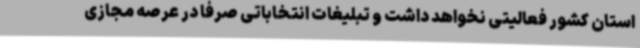
استان کشور فعالیتی نخواهد داشت و تبلیغات انتخاباتی صرفا در عرصه مجازی